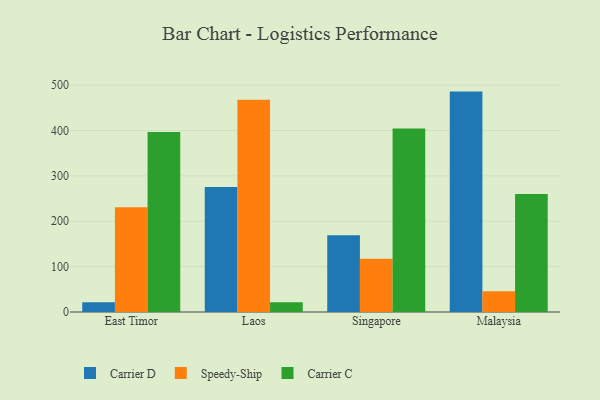
{"axis": {"x": "Country", "y": "Waste Production (Tons)"}, "legend": ["Carrier C", "Carrier D", "Speedy-Ship"], "data": [{"x": "East Timor", "y": 21.3, "type": "Carrier D"}, {"x": "East Timor", "y": 231.0, "type": "Speedy-Ship"}, {"x": "East Timor", "y": 396.7, "type": "Carrier C"}, {"x": "Laos", "y": 275.5, "type": "Carrier D"}, {"x": "Laos", "y": 468.1, "type": "Speedy-Ship"}, {"x": "Laos", "y": 21.5, "type": "Carrier C"}, {"x": "Singapore", "y": 169.0, "type": "Carrier D"}, {"x": "Singapore", "y": 117.2, "type": "Speedy-Ship"}, {"x": "Singapore", "y": 404.5, "type": "Carrier C"}, {"x": "Malaysia", "y": 485.8, "type": "Carrier D"}, {"x": "Malaysia", "y": 45.8, "type": "Speedy-Ship"}, {"x": "Malaysia", "y": 260.3, "type": "Carrier C"}]}